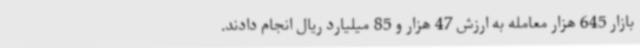
بازار 645 هزار معامله به ارزش 47 هزار و 85 میلیارد ریال انجام دادند.